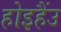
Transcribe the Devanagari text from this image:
होइहैंउ